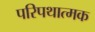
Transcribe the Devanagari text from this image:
परिपथात्मक